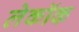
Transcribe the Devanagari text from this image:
लेकॉक